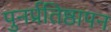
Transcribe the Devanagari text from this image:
पुनर्प्रतिष्ठापन